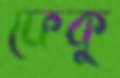
ফেকু